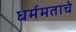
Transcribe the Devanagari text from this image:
धर्ममताचे